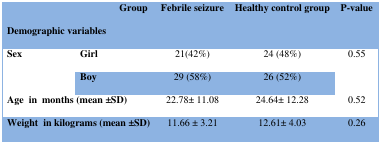
<table><thead><tr><td colspan="2"><b> Group Demographic variables</b></td><td><b>Febrile seizure </b></td><td><b>Healthy control group</b></td><td><b>P-value</b></td></tr></thead><tbody><tr><td rowspan="2"><b>Sex</b></td><td><b>Girl</b></td><td>21(42%)</td><td>24 (48%)</td><td rowspan="2">0.55</td></tr><tr><td><b>Boy</b></td><td>29 (58%)</td><td>26 (52%)</td></tr><tr><td colspan="2"><b>Age in months (mean ±SD)</b></td><td>22.78± 11.08</td><td>24.64± 12.28</td><td>0.52</td></tr></tbody></table>